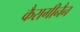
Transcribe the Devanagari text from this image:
कैरागीनैन